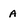
Character: A